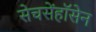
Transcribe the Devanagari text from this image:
सेचसेंहॉसेन